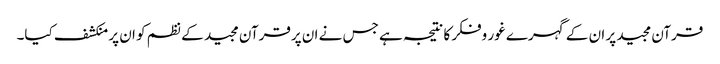
قرآن مجید پر ان کے گہرے غور وفکر کا نتیجہ ہے جس نے ان پرقرآن مجید کے نظم کو ان پر منکشف کیا۔